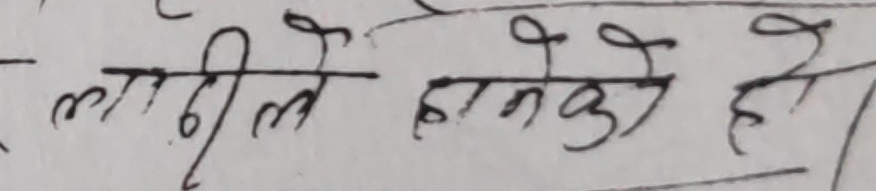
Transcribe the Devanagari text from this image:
लागीले हान्‌को हो।